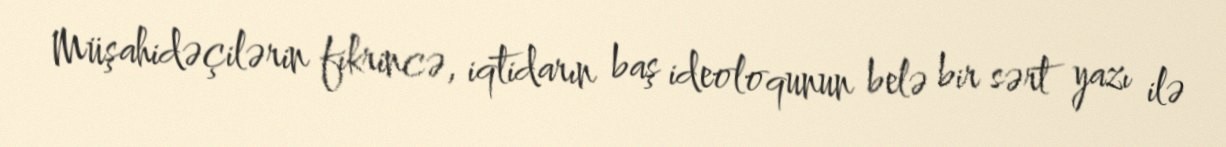
Müşahidəçilərin fikrincə, iqtidarın baş ideoloqunun belə bir sərt yazı ilə